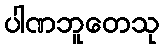
ပါဏဘူတေသု